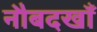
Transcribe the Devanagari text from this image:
नौबदखाँ